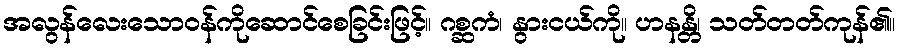
အလွန်လေးသောဝန်ကိုဆောင်စေခြင်းဖြင့်။ ဂစ္ဆကံ၊ နွားငယ်ကို။ ဟနန္တိ၊ သတ်တတ်ကုန်၏။